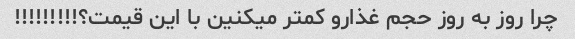
چرا روز به روز حجم غذارو کمتر میکنین با این قیمت؟!!!!!!!!!